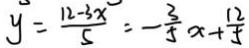
y = \frac { 1 2 - 3 x } { 5 } = - \frac { 3 } { 5 } x + \frac { 1 2 } { 5 }